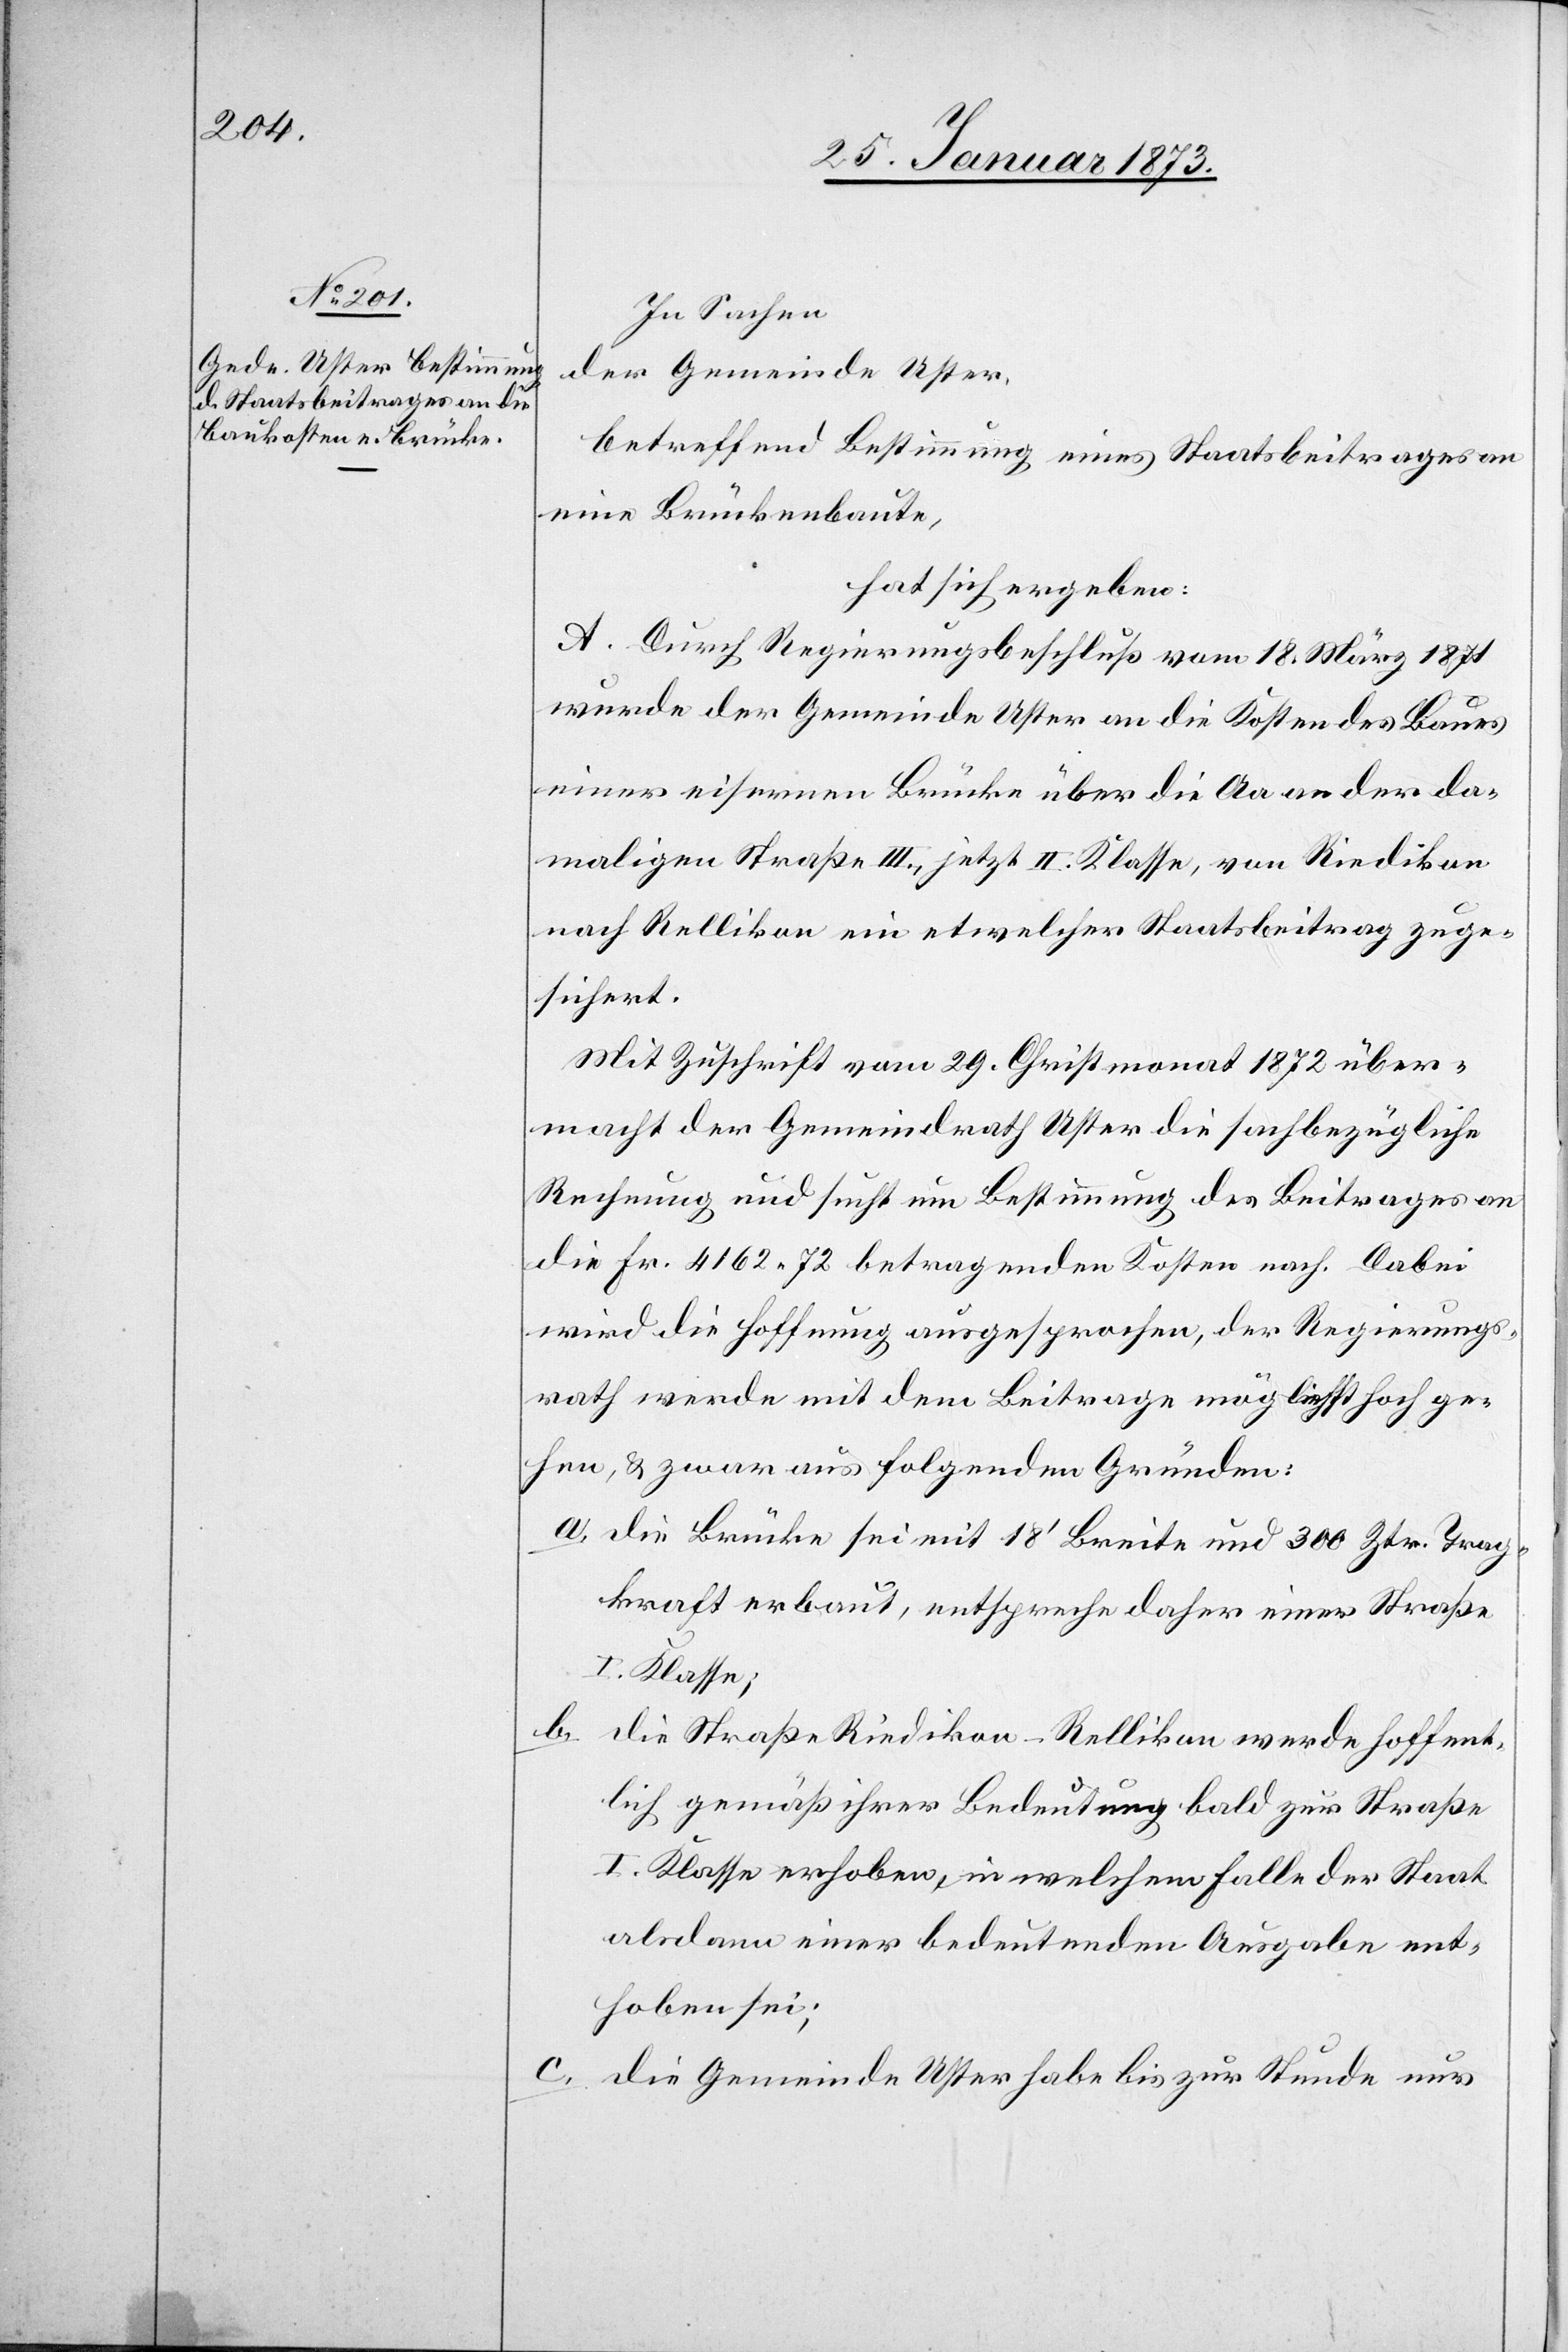
In Sachen
der Gemeinde Uster,
betreffend Bestimmung eines Staatsbeitrages an
eine Brückenbaute,
hat sich ergeben:
A. Durch Regierungsbeschluß vom 18. März 1871
wurde der Gemeinde Uster an die Kosten des Baues
einer eisernen Brücke über die Aa an der da¬
maligen Straße III., jetzt II. Klasse, von Riedikon
nach Rellikon ein etwelcher Staatsbeitrag zuge¬
sichert.
Mit Zuschrift vom 29. Christmonat 1872 über¬
macht der Gemeindrath Uster die sachbezügliche
Rechnung und sucht um Bestimmung des Beitrages an
die Fr. 4162. 72 betragenden Kosten nach. Dabei
wird die Hoffnung ausgesprochen, der Regierungs¬
rath werde mit dem Beitrage möglichst hoch ge¬
hen, u. zwar aus folgenden Gründen:
a. die Brücke sei mit 18’ Breite und 300 Ztr. Trag¬
kraft erbaut, entspreche daher einer Straße
I. Klasse;
b. die Straße Riedikon–Rellikon werde hoffent¬
lich gemäß ihrer Bedeutung bald zur Straße
I. Klasse erhoben, in welchem Falle der Staat
alsdann einer bedeutenden Ausgabe ent¬
hoben sei;
c. die Gemeinde Uster habe bis zur Stunde nur